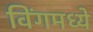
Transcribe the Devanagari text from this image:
विंगमध्ये